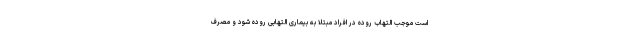
است موجب التهاب روده در افراد مبتلا به بیماری التهابی روده شود و مصرف